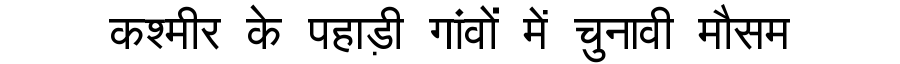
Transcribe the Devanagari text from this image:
कश्मीर के पहाड़ी गांवों में चुनावी मौसम